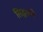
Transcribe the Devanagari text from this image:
सिद्धवणे